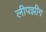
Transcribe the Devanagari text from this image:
लीपझीग